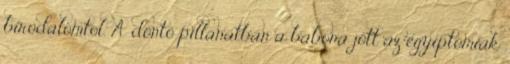
birodalomtól. A döntő pillanatban a babona jött az egyiptomiak